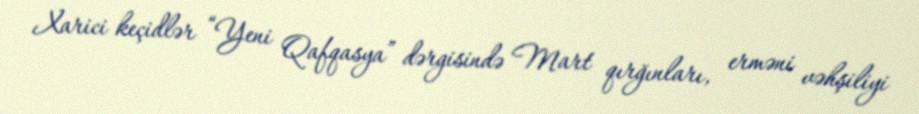
Xarici keçidlər “Yeni Qafqasya” dərgisində Mart qırğınları, erməni vəhşiliyi